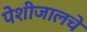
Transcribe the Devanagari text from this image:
पेशीजालचे